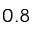
0 . 8